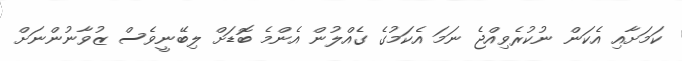
ކަމަށާއި އެކަން ނުކުރެވިއްޖެ ނަަމަ އެކަމުގެ ގެއްލުން އެންމެ ބޮޑަށް ލިބޭނީވެސް ޒުވާނުންނަށް